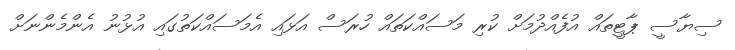
ސިޔާސީ ޕާޓީތައް އުފެއްދުމަށް ކުރި މަސައްކަތައް ހުރަސް އަޅައި އެމަސައްކަތުގައި އުޅުނު އެންމެންނަށް